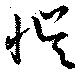
誤